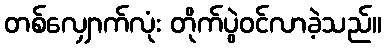
တစ်လျှောက်လုံး တိုက်ပွဲဝင်လာခဲ့သည်။